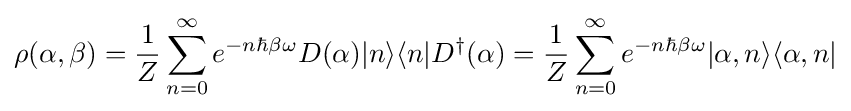
\rho (\alpha ,\beta )={\frac {1}{Z}}\sum _{n=0}^{\infty }e^{-n\hbar \beta \omega }D(\alpha )|n\rangle \langle n|D^{\dagger }(\alpha )={\frac {1}{Z}}\sum _{n=0}^{\infty }e^{-n\hbar \beta \omega }|\alpha ,n\rangle \langle \alpha ,n|